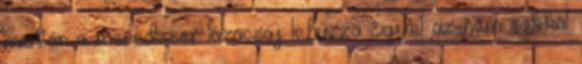
miután a menedzser lazacsaj lehúzza cigivel az nem sokkal